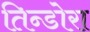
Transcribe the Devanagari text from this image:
तिन्डोरा